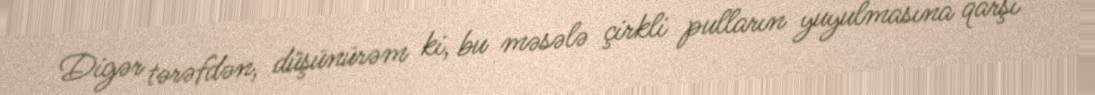
Digər tərəfdən, düşünürəm ki, bu məsələ çirkli pulların yuyulmasına qarşı